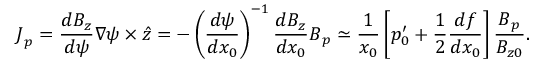
\boldsymbol { J } _ { p } = \frac { d B _ { z } } { d \psi } \nabla \psi \times \boldsymbol { \hat { z } } = - \left( \frac { d \psi } { d x _ { 0 } } \right) ^ { - 1 } \frac { d B _ { z } } { d x _ { 0 } } \boldsymbol { B } _ { p } \simeq \frac { 1 } { x _ { 0 } } \left[ p _ { 0 } ^ { \prime } + \frac { 1 } { 2 } \frac { d f } { d x _ { 0 } } \right] \frac { \boldsymbol { B } _ { p } } { B _ { z 0 } } .